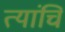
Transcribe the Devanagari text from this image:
त्यांचि